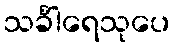
သင်္ခါရေသုပေ